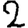
Digit: 2